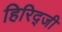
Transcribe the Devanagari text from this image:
हिरिद्जी